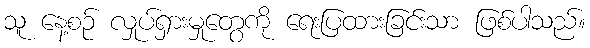
သူ နေ့စဉ် လှုပ်ရှားမှုတွေကို ရေးပြထားခြင်းသာ ဖြစ်ပါသည်။